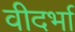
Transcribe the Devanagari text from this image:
वीदर्भा